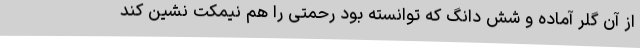
از آن گلر آماده و شش دانگ که توانسته بود رحمتی را هم نیمکت نشین کند